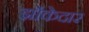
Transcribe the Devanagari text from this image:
झोंकेदार